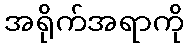
အရိုက်အရာကို